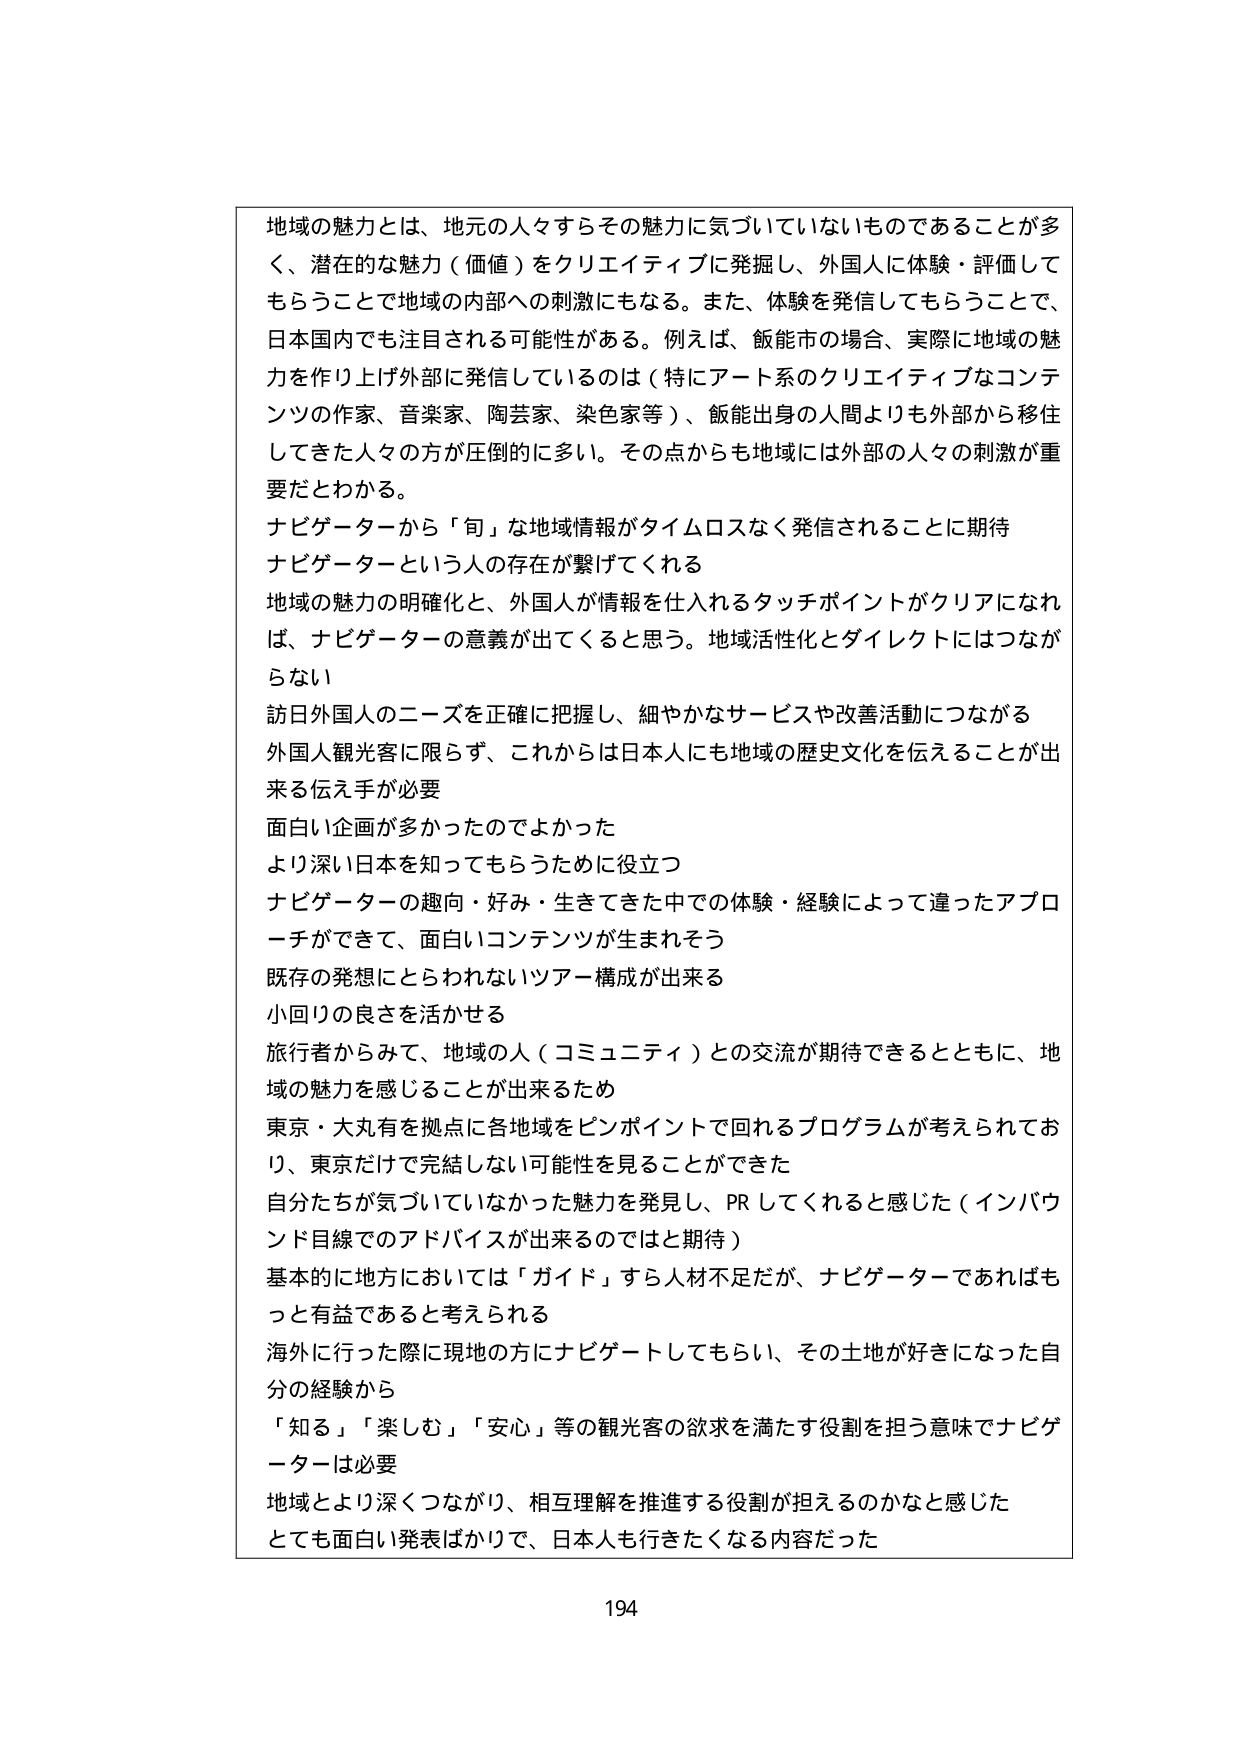
地域の魅力とは、地元の人々すらその魅力に気づいていないものであることが多く、潜在的な魅力（価値）をクリエイティブに発掘し、外国人に体験・評価してもらうことで地域の内部への刺激にもなる。また、体験を発信してもらうことで、日本国内でも注目される可能性がある。例えば、飯能市の場合、実際に地域の魅力を作り上げ外部に発信しているのは（特にアート系のクリエイティブなコンテンツの作家、音楽家、陶芸家、染色家等）、飯能出身の人間よりも外部から移住してきた人々の方が圧倒的に多い。その点からも地域には外部の人々の刺激が重要だとわかる。

ナビゲーターから「旬」な地域情報がタイムロスなく発信されることに期待
ナビゲーターという人の存在が繋げてくれる
地域の魅力の明確化と、外国人が情報を仕入れるタッチポイントがクリアになれば、ナビゲーターの意義が出てくると思う。地域活性化とダイレクトにはつながらない
訪日外国人のニーズを正確に把握し、細やかなサービスや改善活動につながる
外国人観光客に限らず、これからは日本人にも地域の歴史文化を伝えることが出来る伝え手が必要
面白い企画が多かったのでよかった
より深い日本を知ってもらうために役立つ
ナビゲーターの趣向・好み・生きてきた中での体験・経験によって違ったアプローチができて、面白いコンテンツが生まれそう
既存の発想にとらわれないツアー構成が出来る
小回りの良さを活かせる
旅行者からみて、地域の人（コミュニティ）との交流が期待できるとともに、地域の魅力を感じることが出来るため
東京・大丸有を拠点に各地域をピンポイントで回れるプログラムが考えられており、東京だけで完結しない可能性を見ることができた
自分たちが気づいていなかった魅力を発見し、PRしてくれると感じた（インバウンド目線でのアドバイスが出来るのではと期待）
基本的に地方においては「ガイド」すら人材不足だが、ナビゲーターであればもっと有益であると考えられる
海外に行った際に現地の方にナビゲートしてもらい、その土地が好きになった自分の経験から
「知る」「楽しむ」「安心」等の観光客の欲求を満たす役割を担う意味でナビゲーターは必要
地域とより深くつながり、相互理解を推進する役割が担えるのかなと感じた
とても面白い発表ばかりで、日本人も行きたくなる内容だった

194